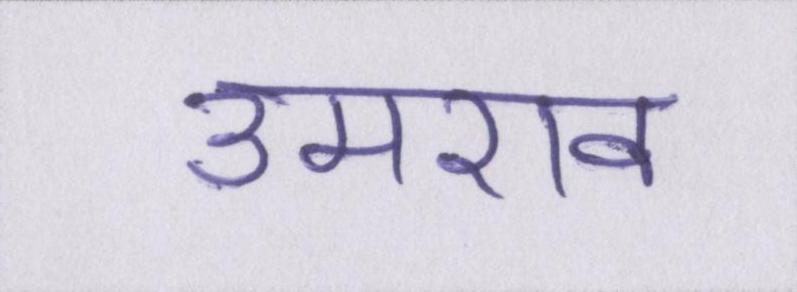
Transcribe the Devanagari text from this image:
उमराव